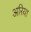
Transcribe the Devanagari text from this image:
अरिया